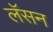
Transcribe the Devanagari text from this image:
लॅसन